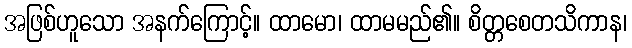
အဖြစ်ဟူသော အနက်ကြောင့်။ ထာမော၊ ထာမမည်၏။ စိတ္တစေတသိကာန၊